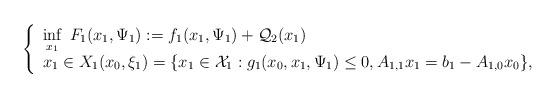
LaTeX: \begin{align*} \left\{\begin{array}{l}\displaystyle \inf_{x_1} \; F_1(x_{1}, \Psi_1):=f_1(x_{1}, \Psi_{1}) + \mathcal{Q}_{2}(x_{1})\\x_1 \in X_1 (x_{0}, \xi_1 )=\{x_1 \in \mathcal{X}_1 : g_1(x_0, x_1, \Psi_1) \leq 0, A_{1,1} x_1 = b_1 - A_{1,0} x_0\},\end{array}\right.\end{align*}